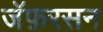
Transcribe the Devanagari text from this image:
जॅफ़रसन